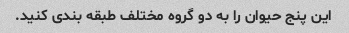
این پنج حیوان را به دو گروه مختلف طبقه بندی کنید.